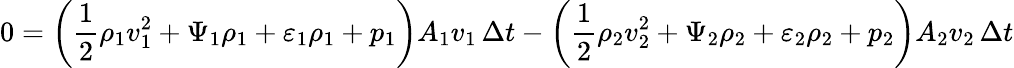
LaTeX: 0=\left({\frac{1}{2}}\rho_{1}v_{1}^{2}+\Psi_{1}\rho_{1}+\varepsilon_{1}\rho_{1}+p_{1}\right)A_{1}v_{1}\, \Delta t-\left({\frac{1}{2}}\rho_{2}v_{2}^{2}+\Psi_{2}\rho_{2}+\varepsilon_{2}\rho_{2}+p_{2}\right)A_{2}v_{2}\, \Delta t